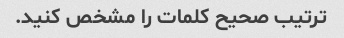
ترتیب صحیح کلمات را مشخص کنید.